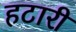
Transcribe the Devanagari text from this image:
हटारी